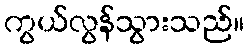
ကွယ်လွန်သွားသည်။